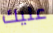
عليك